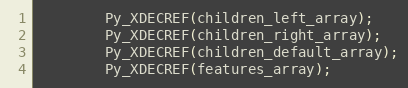
Language: C++
        Py_XDECREF(children_left_array);
        Py_XDECREF(children_right_array);
        Py_XDECREF(children_default_array);
        Py_XDECREF(features_array);